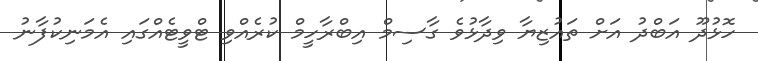
ހޮޅުދޫ އަބްދު އަށް ތައުޒިޔާ ވިދާޅުވެ ގާސިމް އިބްރާހީމް ކުރެއްވި ޓްވީޓެއްގައި އެމަނިކުފާނު